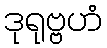
ဒုရုဗ္ဗဟံ